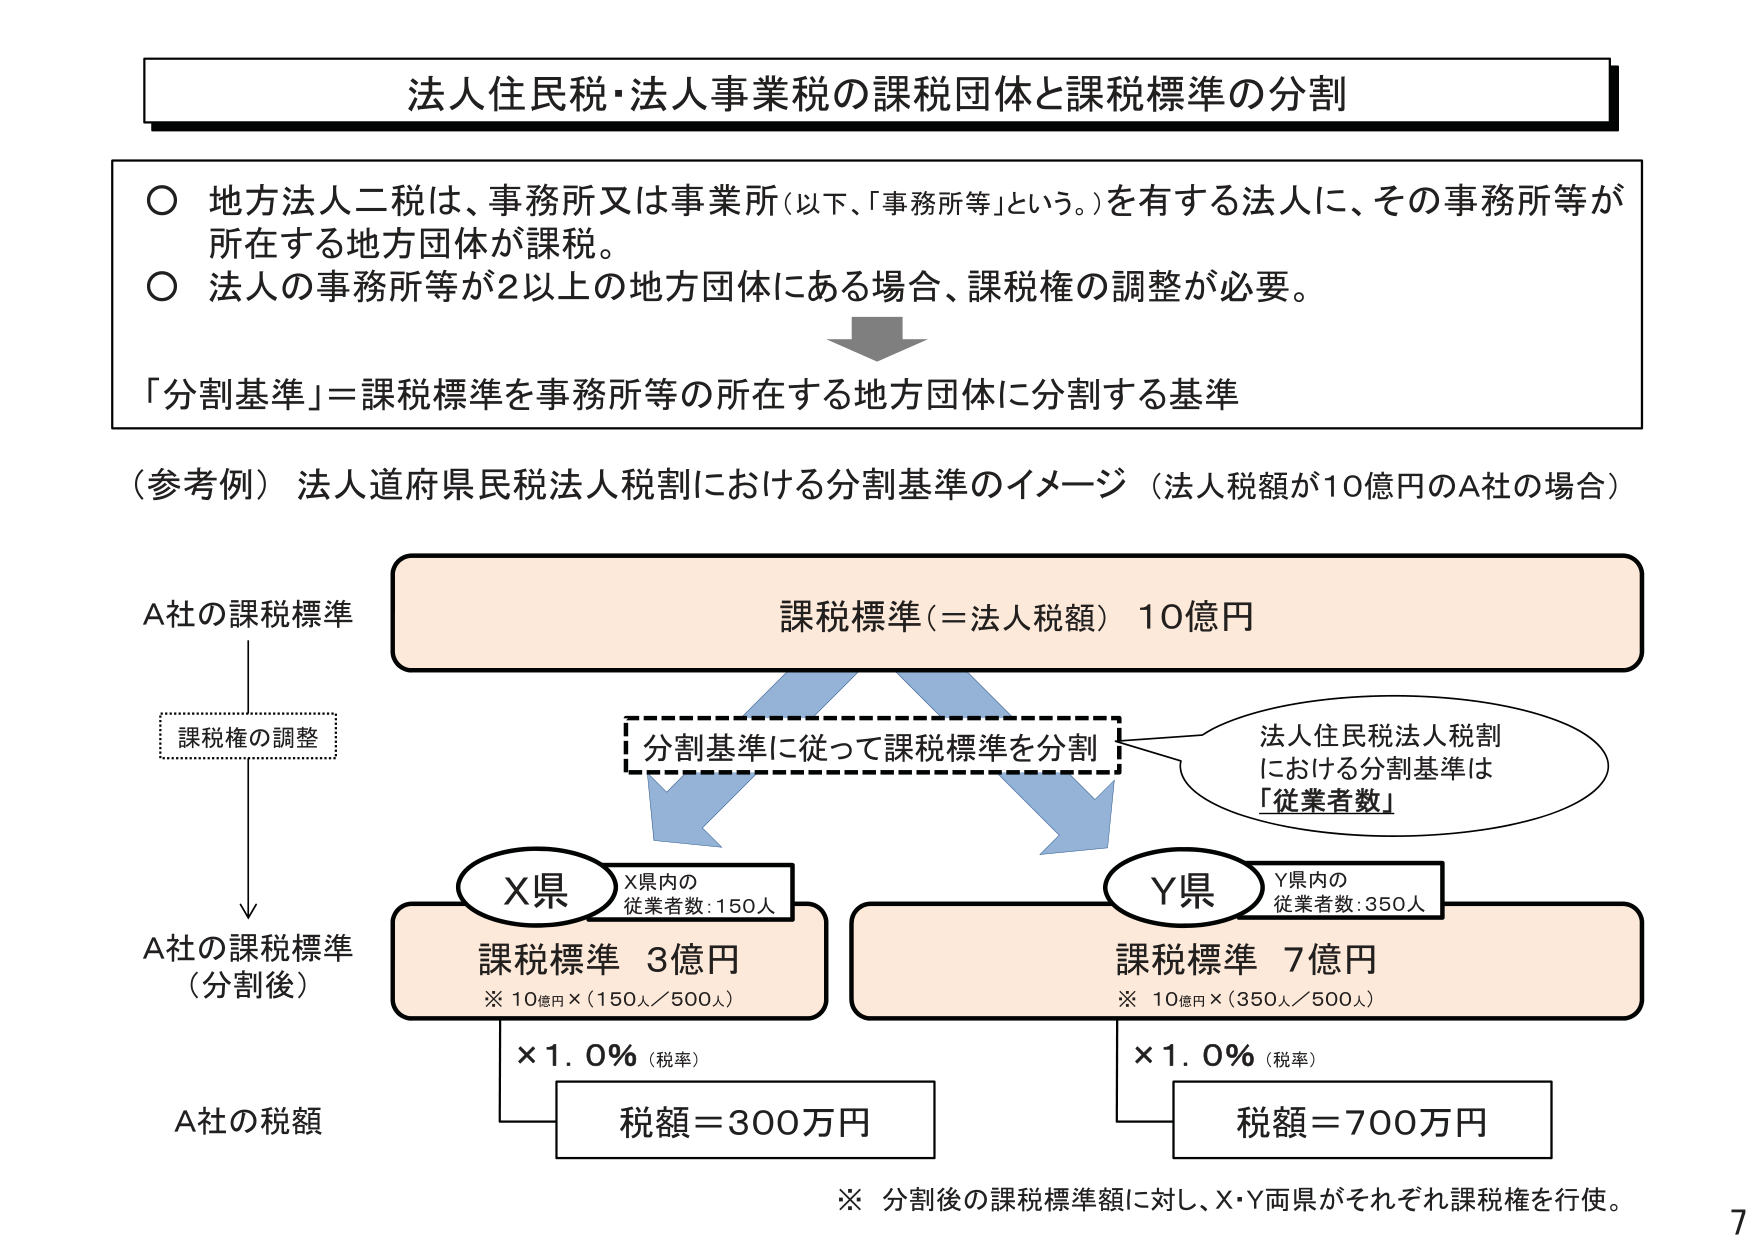
法人住民税・法人事業税の課税団体と課税標準の分割

○ 地方法人二税は、事務所又は事業所（以下、「事務所等」という。）を有する法人に、その事務所等が所在する地方団体が課税。
○ 法人の事務所等が2以上の地方団体にある場合、課税権の調整が必要。

「分割基準」＝課税標準を事務所等の所在する地方団体に分割する基準

（参考例）法人道府県民税法人税割における分割基準のイメージ（法人税額が10億円のA社の場合）

A社の課税標準
↓
課税権の調整
↓
A社の課税標準（分割後）

課税標準（＝法人税額） 10億円
↓
分割基準に従って課税標準を分割

法人住民税法人税割
における分割基準は
「従業者数」

X県
X県内の
従業者数：150人
課税標準 3億円
※ 10億円×（150人／500人）
×1.0％（税率）
税額＝300万円

Y県
Y県内の
従業者数：350人
課税標準 7億円
※ 10億円×（350人／500人）
×1.0％（税率）
税額＝700万円

※ 分割後の課税標準額に対し、X・Y両県がそれぞれ課税権を行使。

A社の税額

7